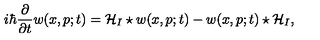
i \hbar \frac { \partial } { \partial t } w ( x , p ; t ) = { \cal H } _ { I } \star w ( x , p ; t ) - w ( x , p ; t ) \star { \cal H } _ { I } ,